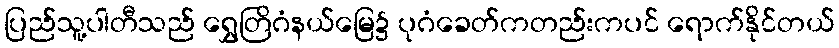
ပြည်သူ့ပါတီသည် ရွှေတြိဂံနယ်မြေ၌ ပုဂံခေတ်ကတည်းကပင် ရောက်နိုင်တယ်